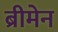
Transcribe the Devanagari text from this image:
ब्रीमेन